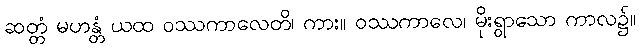
ဆတ္တံ မဟန္တံ ယထ ဝဿကာလေတိ၊ ကား။ ဝဿကာလေ၊ မိုးရွာသော ကာလ၌။